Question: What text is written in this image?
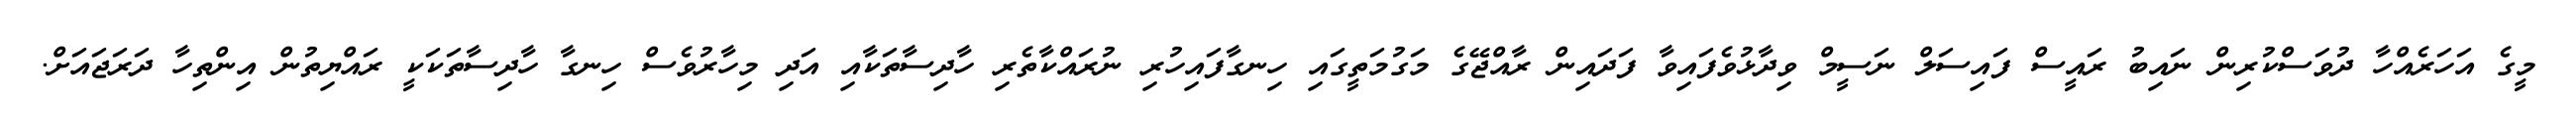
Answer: މީގެ އަހަރެއްހާ ދުވަސްކުރިން ނައިބު ރައީސް ފައިސަލް ނަސީމް ވިދާޅުވެފައިވާ ފަދައިން ރާއްޖޭގެ މަގުމަތީގައި ހިނގާފައިހުރި ނުރައްކާތެރި ހާދިސާތަކާއި އަދި މިހާރުވެސް ހިނގާ ހާދިސާތަކަކީ ރައްޔިތުން އިންތިހާ ދަރަޖައަށް.